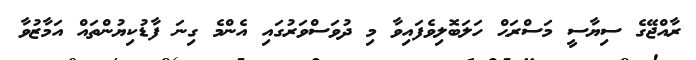
ރާއްޖޭގެ ސިޔާސީ މަސްރަޙް ހަލަބޮލިވެފައިވާ މި ދުވަސްވަރުގައި އެންމެ ގިނަ ފާޑުކިޔުންތައް އަމާޒުވާ